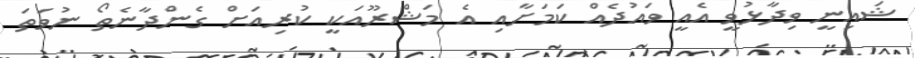
ޝައިނީ ވިދާޅުވީ އެއީ ވައުދެއް ކަމަށާއި އެ މަޝްރޫއަކީ ކުރިއަށް ގެންދާނެތޯ ނުވަތަ